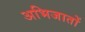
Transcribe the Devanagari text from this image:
अभिजातों